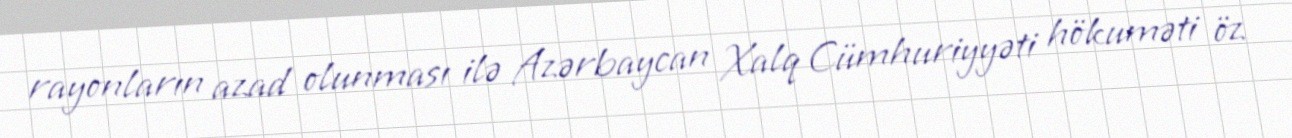
rayonların azad olunması ilə Azərbaycan Xalq Cümhuriyyəti hökuməti öz